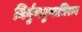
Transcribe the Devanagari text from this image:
निर्गुणगुणाभिराग